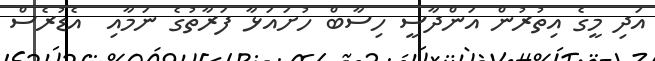
އަދި މީގެ އިތުރުން އަންދާސީ ހިސާބް ހުށައަޅާ ފަރާތުގެ ނަމާއި  އެޑުރެސް